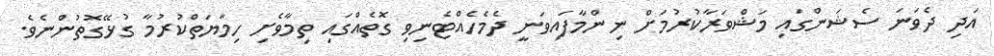
އަދި ދެވަނަ ސެޝަންގައި މަޝްވަރާކުރުމަށް ނިންމާފައިވަނީ ދެމެހެއްޓެނިވި ގޮތެއްގައި ތިމާވެށި ހިމާޔަތްކުރުމާ ގުޅޭގޮތުންނެވެ.